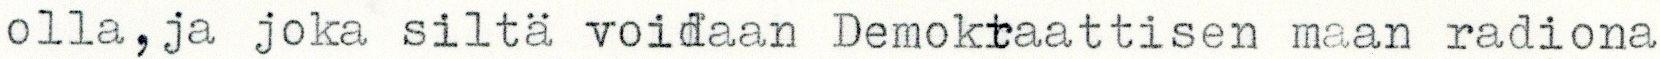
olla, ja joka siltä voidaan Demokraattisen maan radiona